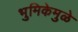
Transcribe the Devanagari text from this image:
भुमिकेमुळे